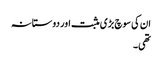
ان کی سوچ بڑی مثبت اور دوستانہ
تھی۔